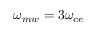
\omega _ { m w } = 3 \omega _ { c e }